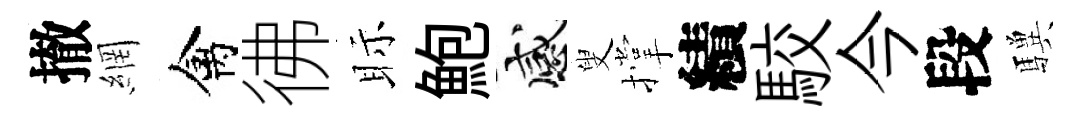
撤網禽彿眎鮑感叟撑績駮今段驥